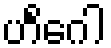
ဟိင်္ဂေါ